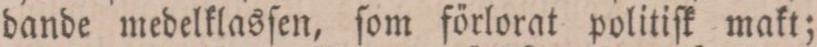
dande medelklasſen, ſom förlorat politiſk makt;